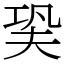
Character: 㠫